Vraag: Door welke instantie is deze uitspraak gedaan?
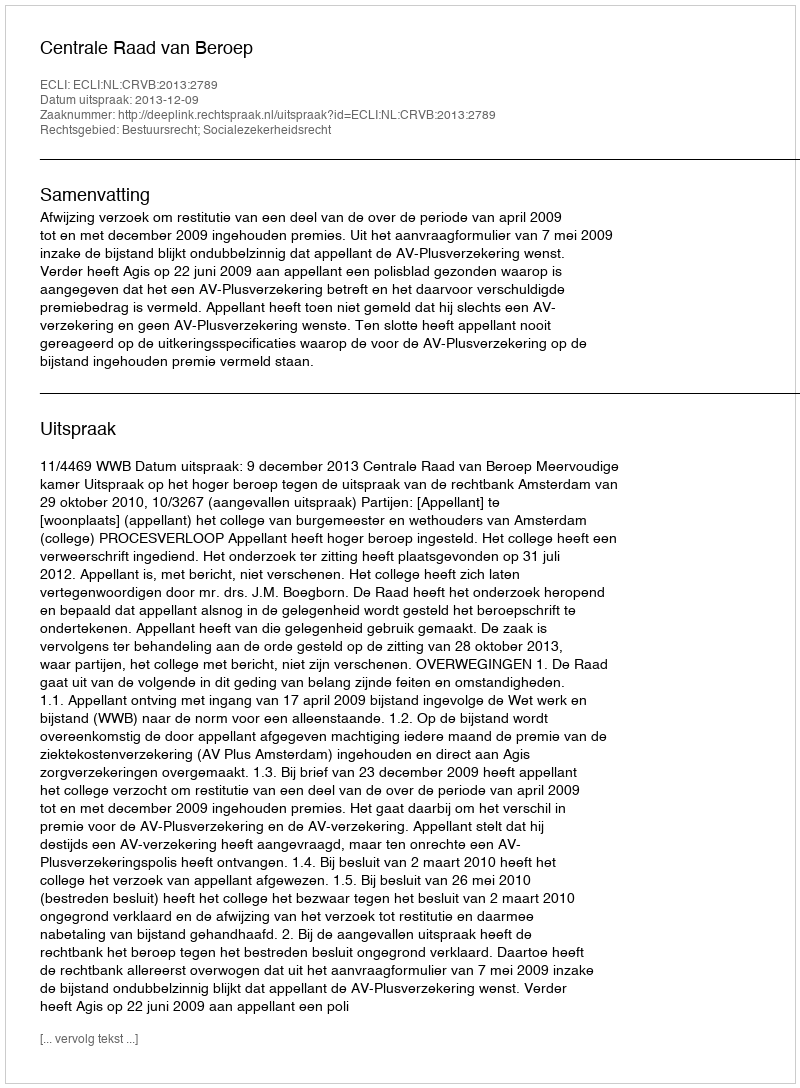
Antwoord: Centrale Raad van Beroep